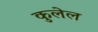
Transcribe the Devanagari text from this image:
कुलेल